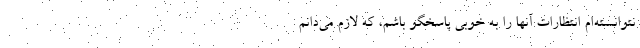
نتوانسته‌ام انتظارات آنها را به خوبی پاسخگو باشم، که لازم می‌دانم